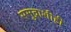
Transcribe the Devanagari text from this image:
समुद्राशीही